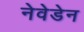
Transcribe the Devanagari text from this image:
नेवेडेन